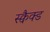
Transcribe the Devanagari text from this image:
स्क्वैक्ड